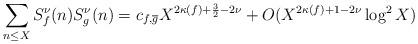
LaTeX: \begin{align*} \sum_{n \leq X} S_f^\nu(n)S_g^\nu(n) = c_{f,\overline{g}} X^{2\kappa(f) + \frac{3}{2} - 2\nu} + O(X^{2\kappa(f) + 1 - 2\nu}\log^2 X) \end{align*}